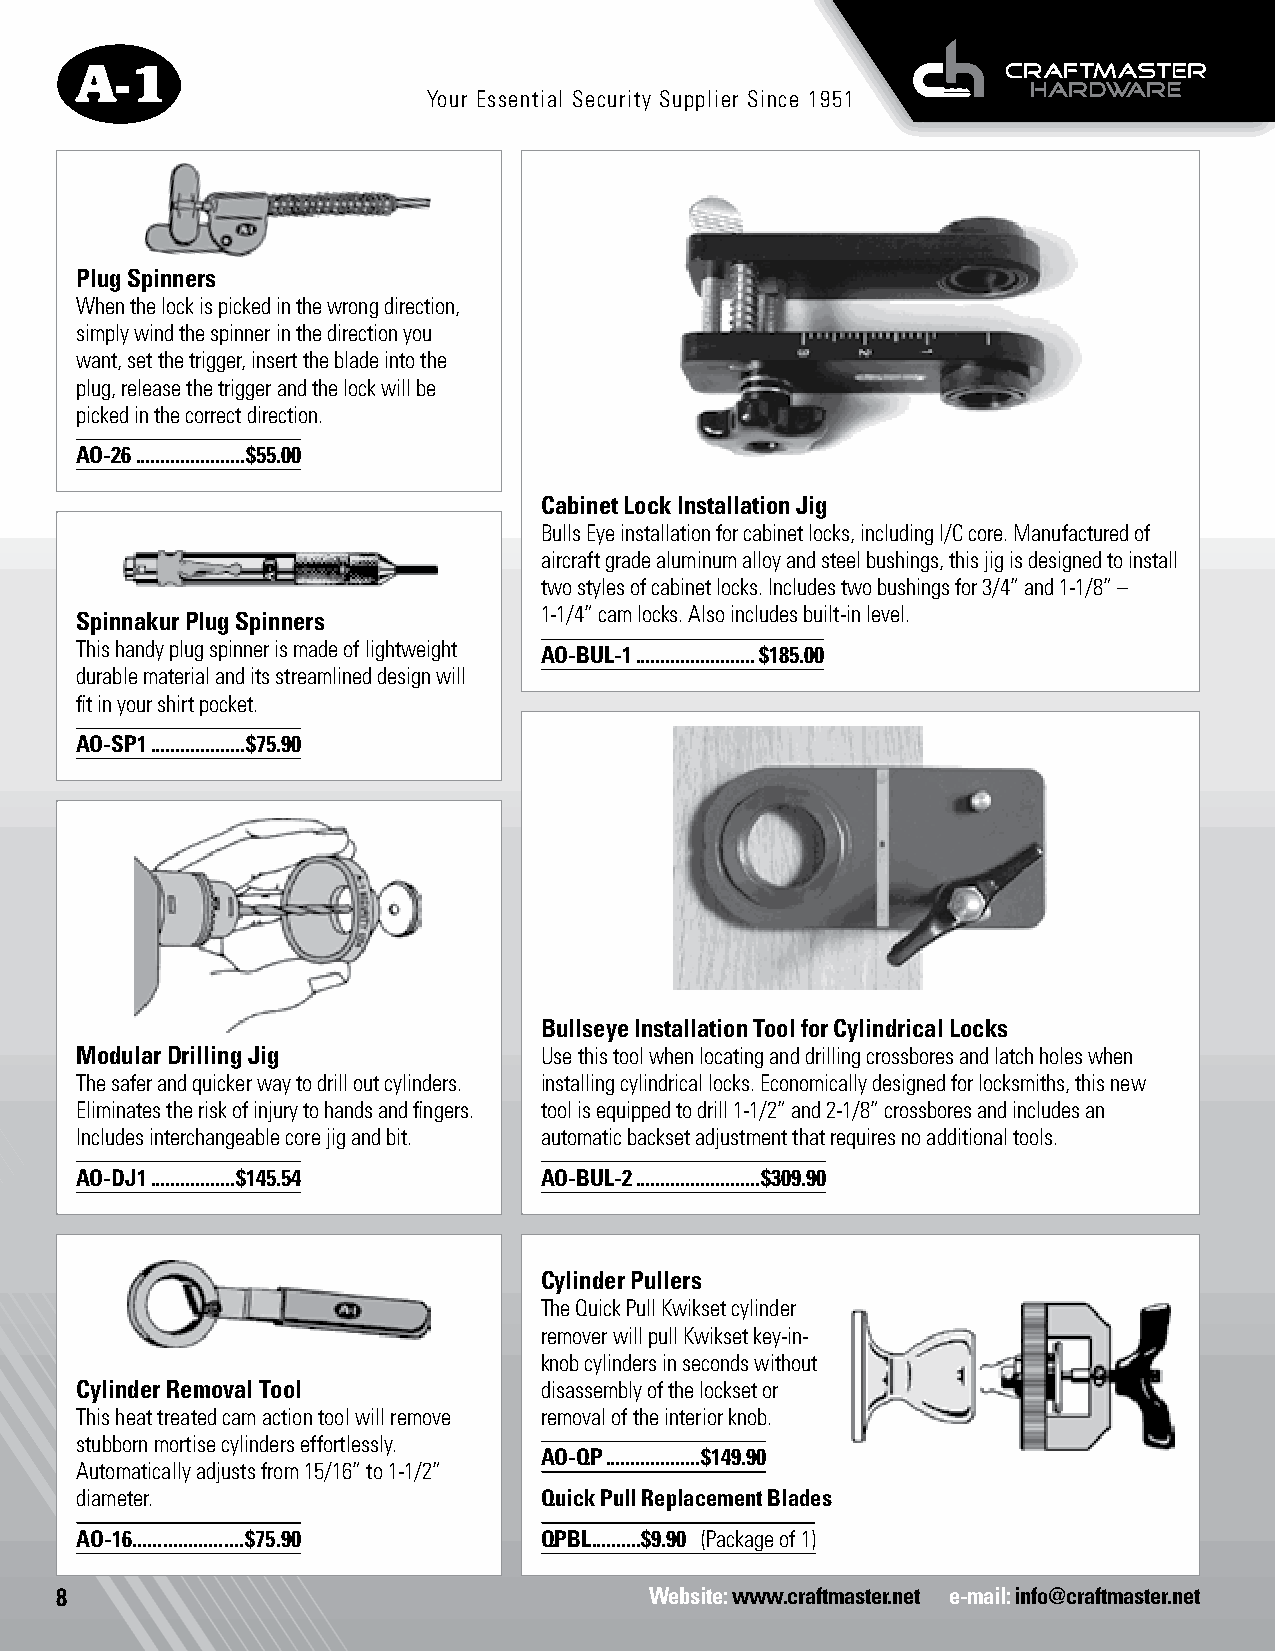
Your Essential Security Supplier Since 1951
 Plug Spinners
 When the lock is picked in the wrong direction,
 simply wind the spinner in the direction you
 want, set the trigger, insert the blade into the
 plug, release the trigger and the lock will be
 picked in the correct direction.
 AO-26 ......................$55.00
 Cabinet Lock Installation Jig
 Bulls Eye installation for cabinet locks, including I/C core. Manufactured of
 aircraft grade aluminum alloy and steel bushings, this jig is designed to install
 two styles of cabinet locks. Includes two bushings for 3/4” and 1-1/8” –
 Spinnakur Plug Spinners        1-1/4” cam locks. Also includes built-in level.
 This handy plug spinner is made of lightweight AO-BUL-1 ........................$185.00
 durable material and its streamlined design will
 fit in your shirt pocket.
 AO-SP1 ...................$75.90
 Bullseye Installation Tool for Cylindrical Locks
 Modular Drilling Jig           Use this tool when locating and drilling crossbores and latch holes when
 The safer and quicker way to drill out cylinders. installing cylindrical locks. Economically designed for locksmiths, this new
 Eliminates the risk of injury to hands and fingers. tool is equipped to drill 1-1/2” and 2-1/8” crossbores and includes an
 Includes interchangeable core jig and bit. automatic backset adjustment that requires no additional tools.
 AO-DJ1 .................$145.54 AO-BUL-2 .........................$309.90
 Cylinder Pullers
 The Quick Pull Kwikset cylinder
 remover will pull Kwikset key-in-
 knob cylinders in seconds without
 Cylinder Removal Tool          disassembly of the lockset or
 This heat treated cam action tool will remove removal of the interior knob.
 stubborn mortise cylinders effortlessly.
 AO-QP ...................$149.90
 Automatically adjusts from 15/16” to 1-1/2”
 diameter.                      Quick Pull Replacement Blades
 AO-16......................$75.90 QPBL. .........$9.90 (Package of 1)
 8                                      Website: www.craftmaster.net e-mail: info@craftmaster.net